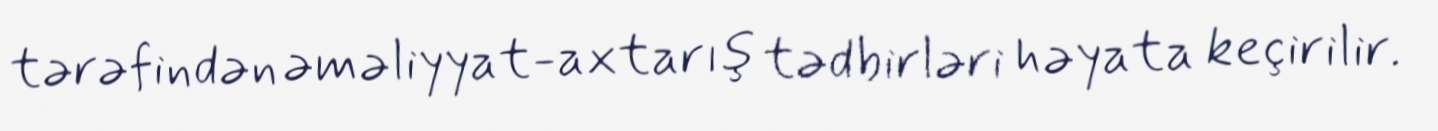
tərəfindən əməliyyat-axtarış tədbirləri həyata keçirilir.